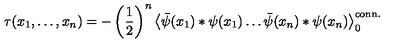
\tau ( x _ { 1 } , \ldots , x _ { n } ) = - \left( \frac { 1 } { 2 } \right) ^ { n } \left< \bar { \psi } ( x _ { 1 } ) * \psi ( x _ { 1 } ) \ldots \bar { \psi } ( x _ { n } ) * \psi ( x _ { n } ) \right> _ { 0 } ^ { \mathrm { c o n n . } }